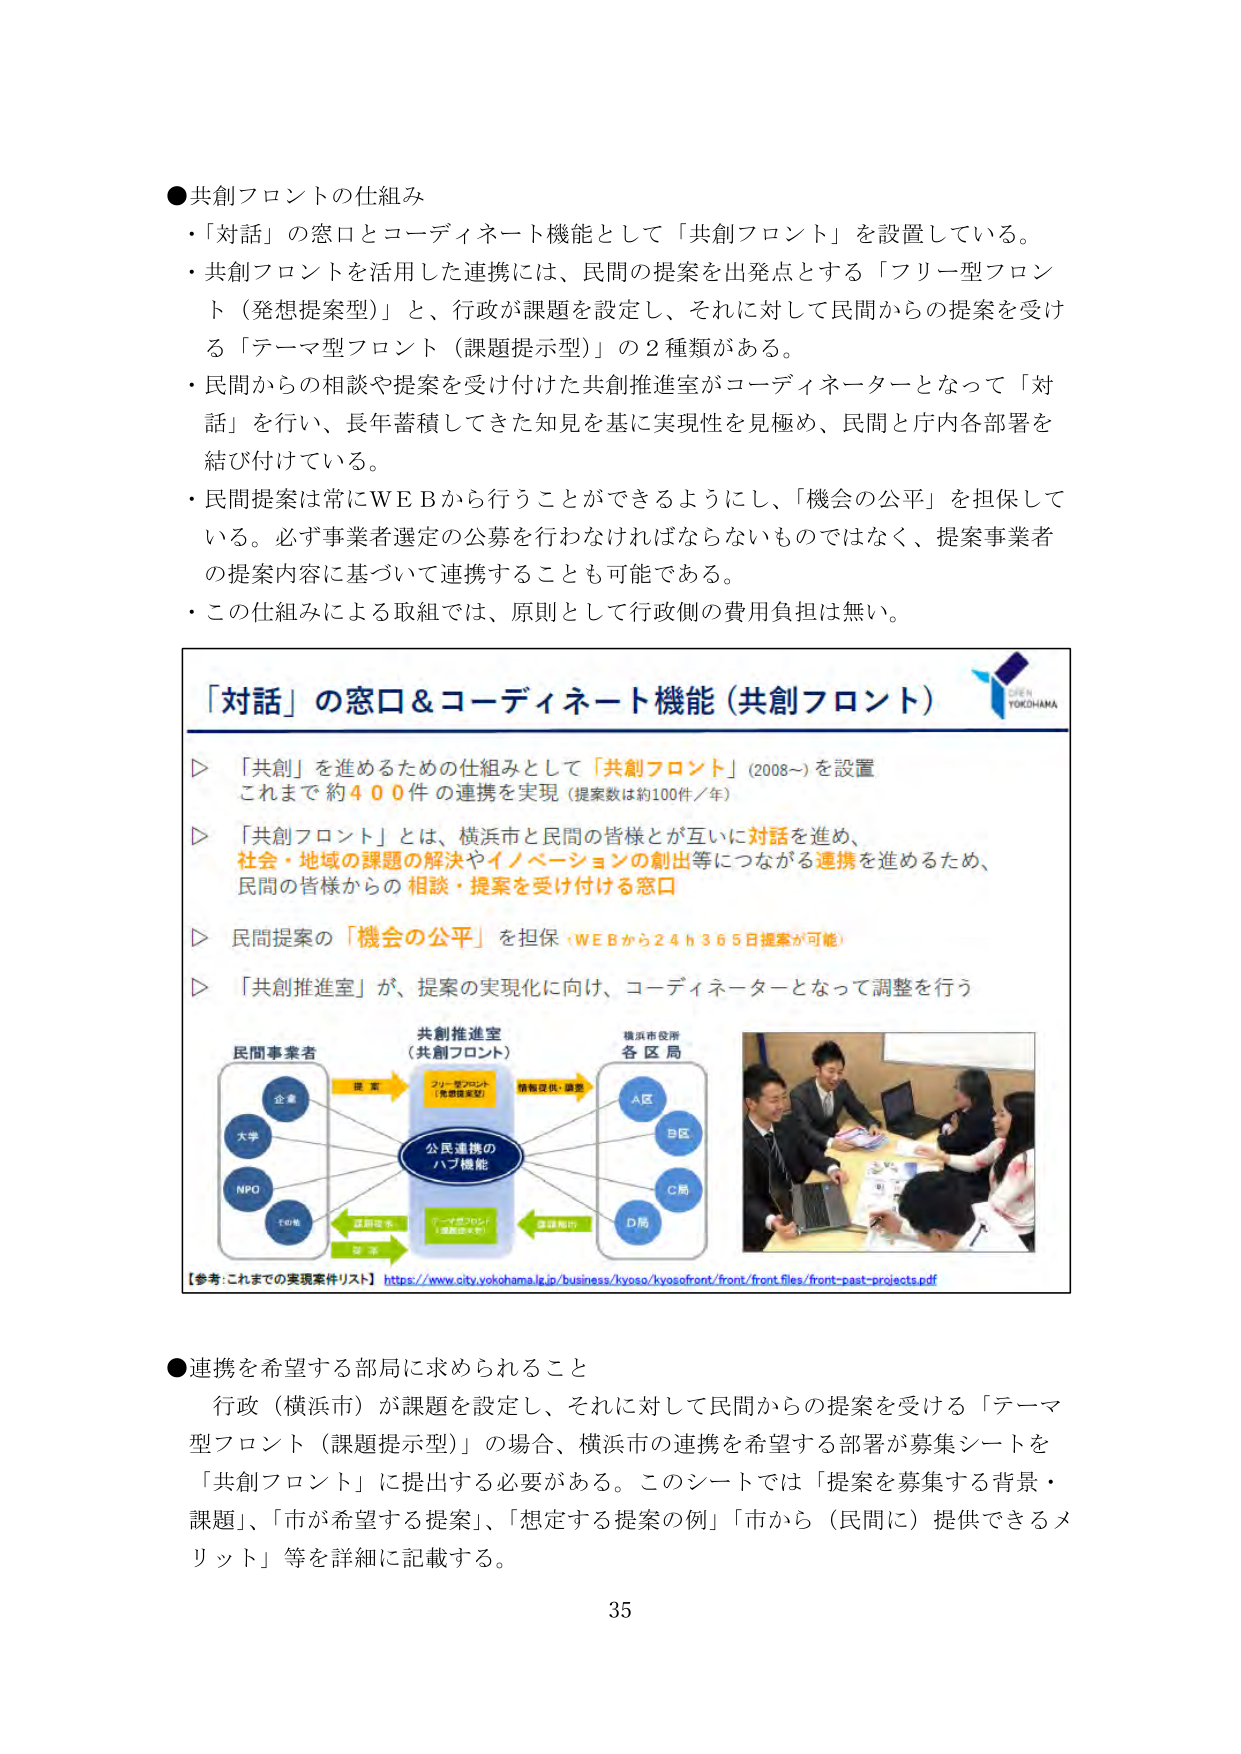
●共創フロントの仕組み
・「対話」の窓口とコーディネート機能として「共創フロント」を設置している。
・共創フロントを活用した連携には、民間の提案を出発点とする「フリー型フロント（発想提案型）」と、行政が課題を設定し、それに対して民間からの提案を受ける「テーマ型フロント（課題提示型）」の2種類がある。
・民間からの相談や提案を受け付けた共創推進室がコーディネーターとなって「対話」を行い、長年蓄積してきた知見を基に実現性を見極め、民間と庁内各部署を結び付けている。
・民間提案は常にＷＥＢから行うことができるようにし、「機会の公平」を担保している。必ず事業者選定の公募を行わなければならないものではなく、提案事業者の提案内容に基づいて連携することも可能である。
・この仕組みによる取組では、原則として行政側の費用負担は無い。

「対話」の窓口＆コーディネート機能（共創フロント）
▷ 「共創」を進めるための仕組みとして「共創フロント」（2008～）を設置
　これまで 約400件の連携を実現（提案数は約100件／年）
▷ 「共創フロント」とは、横浜市と民間の皆様とが互いに対話を進め、
　社会・地域の課題の解決やイノベーションの創出等につながる連携を進めるため、
　民間の皆様からの相談・提案を受け付ける窓口
▷ 民間提案の「機会の公平」を担保（ＷＥＢから24ｈ365日提案が可能）
▷ 「共創推進室」が、提案の実現化に向け、コーディネーターとなって調整を行う

　　共創推進室
　　（共創フロント）

　　民間事業者
　　企業
　　大学
　　NPO
　　その他

　　提案
　　→
　　フリー型フロント
　　（発想提案型）
　　情報提供・調整

　　公民連携の
　　ハブ機能

　　課題提示
　　→
　　テーマ型フロント
　　（課題提示型）
　　課題提示

　　横浜市役所
　　各区局
　　A区
　　B区
　　C局
　　D局

　　【参考：これまでの実現案件リスト】https://www.city.yokohama.lg.jp/business/kyoso/kyosofront/front/front-files/front-past-projects.pdf

●連携を希望する部局に求められること
　行政（横浜市）が課題を設定し、それに対して民間からの提案を受ける「テーマ型フロント（課題提示型）」の場合、横浜市の連携を希望する部署が募集シートを「共創フロント」に提出する必要がある。このシートでは「提案を募集する背景・課題」、「市が希望する提案」、「想定する提案の例」、「市から（民間に）提供できるメリット」等を詳細に記載する。

35